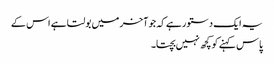
یہ ایک دستور ہے کہ جو آخر میں بولتا ہے اس کے
پاس کہنے کو کچھ نہیں بچتا۔